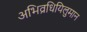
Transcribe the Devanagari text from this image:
अभिव्रधियिलुमान